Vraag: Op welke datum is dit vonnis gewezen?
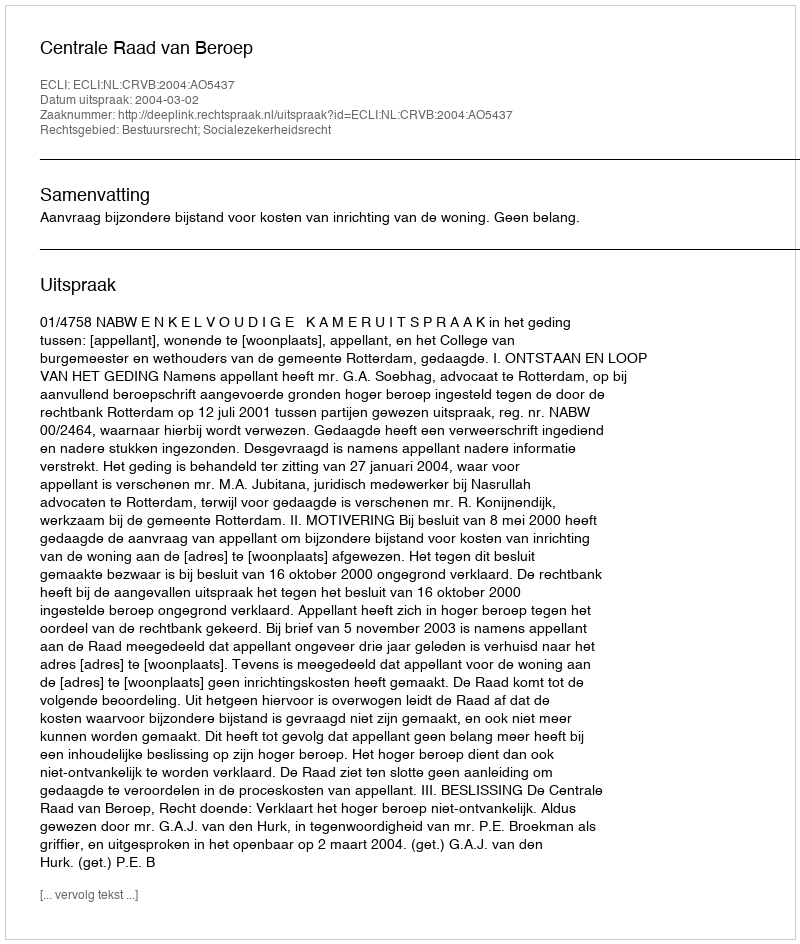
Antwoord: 2004-03-02